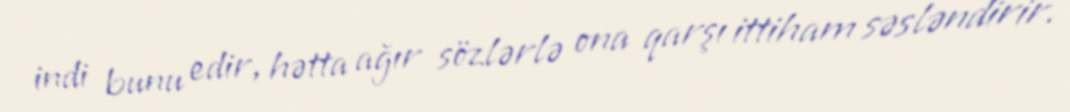
indi bunu edir, hətta ağır sözlərlə ona qarşı ittiham səsləndirir.